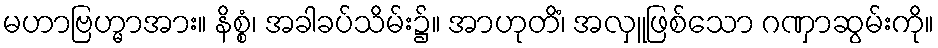
မဟာဗြဟ္မာအား။ နိစ္စံ၊ အခါခပ်သိမ်း၌။ အာဟုတိံ၊ အလှူဖြစ်သော ဂဏှာဆွမ်းကို။